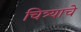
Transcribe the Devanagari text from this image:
चित्र्याचे